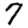
Digit: 7